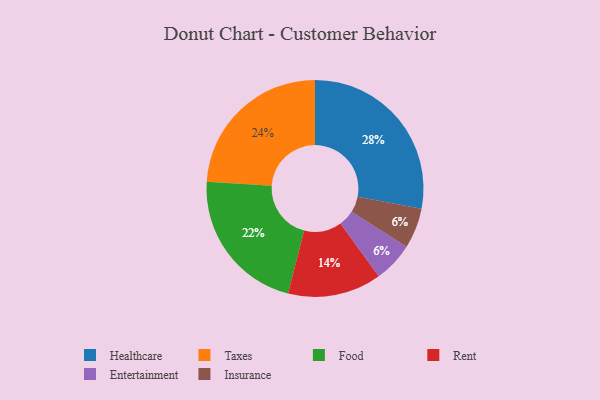
{"axis": {"x": "Category", "y": "Percentage"}, "legend": ["Entertainment", "Food", "Healthcare", "Insurance", "Rent", "Taxes"], "data": [{"x": "Rent", "y": 14, "type": "Rent"}, {"x": "Food", "y": 22, "type": "Food"}, {"x": "Entertainment", "y": 6, "type": "Entertainment"}, {"x": "Taxes", "y": 24, "type": "Taxes"}, {"x": "Healthcare", "y": 28, "type": "Healthcare"}, {"x": "Insurance", "y": 6, "type": "Insurance"}]}